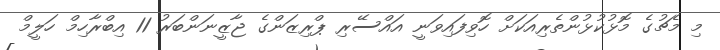
މި މެޗުގެ މޮޅުކުޅުންތެރިއަކަށް ހޮވިފައިވަނީ އައްސޭރި ޕްރިޒަންގެ ޖާޒީނަންބަރު 11 އިބްރާހިމް ހަލީމް